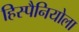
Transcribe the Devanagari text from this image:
हिस्पैनियोला